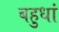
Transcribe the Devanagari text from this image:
बहुधां